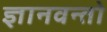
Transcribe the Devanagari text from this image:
ज्ञानवन्तो